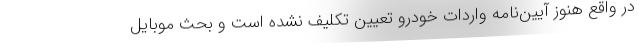
در واقع هنوز آیین‌نامه واردات خودرو تعیین تکلیف نشده است و بحث موبایل